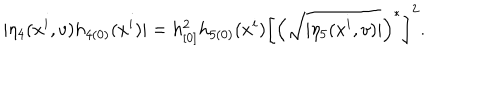
| \eta _ { 4 } ( x ^ { i } , v ) h _ { 4 ( 0 ) } ( x ^ { i } ) | = h _ { [ 0 ] } ^ { 2 } h _ { 5 ( 0 ) } ( x ^ { i } ) \left[ \left( \sqrt { | \eta _ { 5 } ( x ^ { i } , v ) | } \right) ^ { \ast } \right] ^ { 2 } .